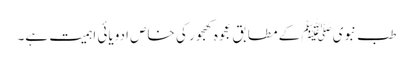
طب نبویﷺ کے مطابق عجوہ کھجور کی خاص ادویائی اہمیت ہے۔